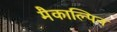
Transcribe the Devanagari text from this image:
मैकाल्पिन